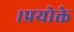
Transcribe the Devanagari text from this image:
।प्रयोक्ते